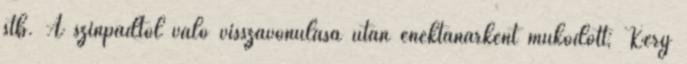
stb. A színpadtól való visszavonulása után énektanárként működött; Kéry